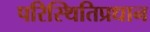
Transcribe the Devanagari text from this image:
परिस्थितिप्रधान